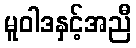
မူဝါဒနှင့်အညီ